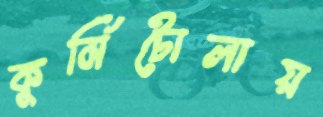
কুর্মিটোলায়